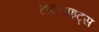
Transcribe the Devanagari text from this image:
हाइलाइट्स